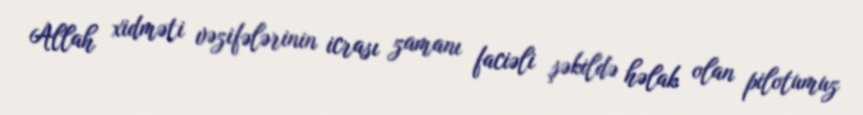
Allah xidməti vəzifələrinin icrası zamanı faciəli şəkildə həlak olan pilotumuz